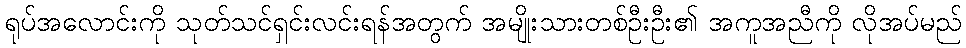
ရုပ်အလောင်းကို သုတ်သင်ရှင်းလင်းရန်အတွက် အမျိုးသားတစ်ဦးဦး၏ အကူအညီကို လိုအပ်မည်